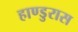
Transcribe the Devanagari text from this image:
हाण्डुरास